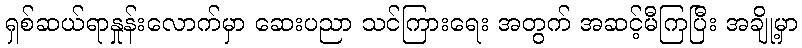
ရှစ်ဆယ်ရာနှုန်းလောက်မှာ ဆေးပညာ သင်ကြားရေး အတွက် အဆင့်မီကြပြီး အချို့မှာ